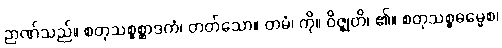
ဉာဏ်သည်။ စတုသစ္စစ္ဆာဒကံ၊ တတ်သော။ တမံ၊ ကို။ ဝိဇ္ဈတိ၊ ၏။ စတုသစ္စဓမ္မေစ၊